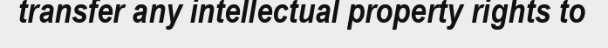
transfer any intellectual property rights to